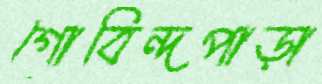
গোবিন্দপাড়া